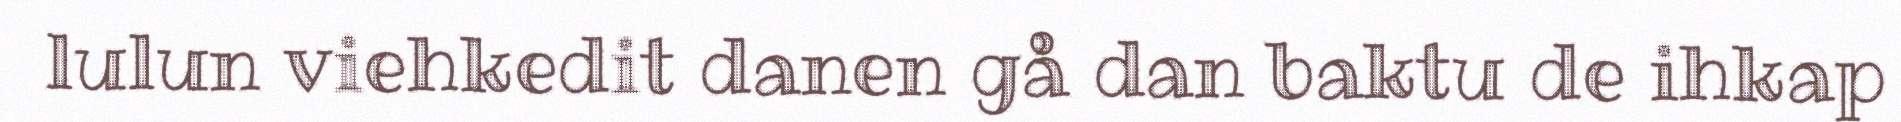
lulun viehkedit danen gå dan baktu de ihkap